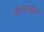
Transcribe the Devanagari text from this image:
वेदव्यासद्वारा